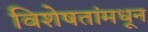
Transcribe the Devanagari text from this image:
विशेषतांमधून